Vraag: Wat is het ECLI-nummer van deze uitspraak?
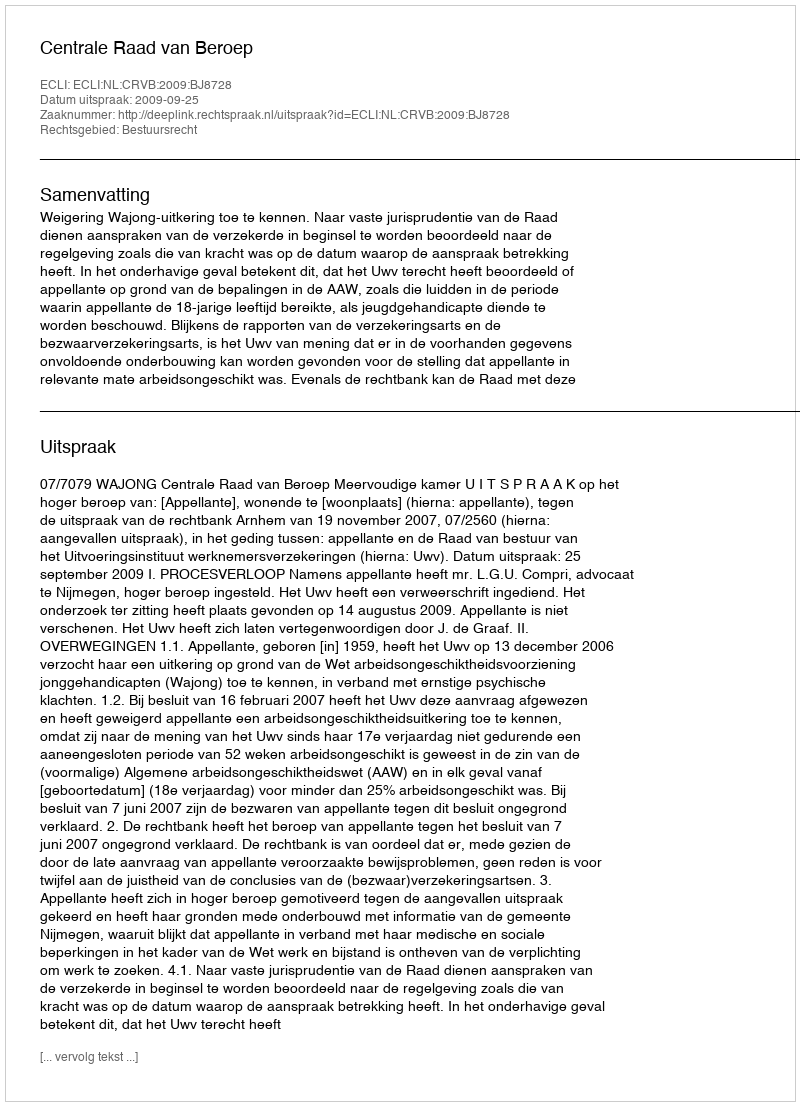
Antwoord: ECLI:NL:CRVB:2009:BJ8728